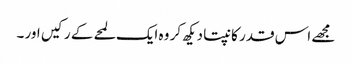
مجھے اس قدر کانپتا دیکھ کر وہ ایک لمحے کے رکیں اور ۔